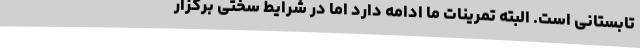
تابستانی است. البته تمرینات ما ادامه دارد اما در شرایط سختی برگزار